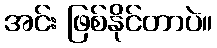
အင်း ဖြစ်နိုင်တာပဲ။